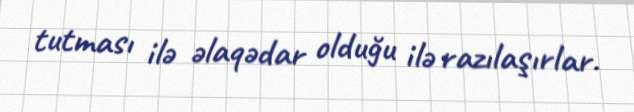
tutması ilə əlaqədar olduğu ilə razılaşırlar.